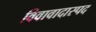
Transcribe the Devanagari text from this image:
विवावादास्पद